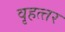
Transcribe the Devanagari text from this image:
वृहत्‍तर